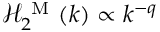
\mathcal { H } _ { 2 } ^ { \mathrm { ~ M ~ } } ( k ) \propto k ^ { - q }